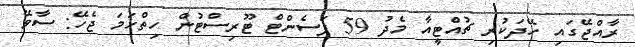
ރާއްޖޭގައި ހޭދަކުރި ޗުއްޓީއާ މެދު 59 ޕަސެންޓް ޓޫރިސްޓުން ހިތްހަމަ ޖެހޭ: ސާވޭ